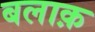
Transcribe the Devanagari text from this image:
बलाक़